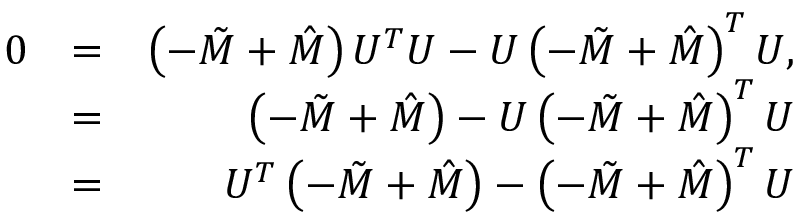
\begin{array} { r l r } { 0 } & { = } & { \left( - \tilde { M } + \hat { M } \right) U ^ { T } U - U \left( - \tilde { M } + \hat { M } \right) ^ { T } U , } \\ & { = } & { \left( - \tilde { M } + \hat { M } \right) - U \left( - \tilde { M } + \hat { M } \right) ^ { T } U } \\ & { = } & { U ^ { T } \left( - \tilde { M } + \hat { M } \right) - \left( - \tilde { M } + \hat { M } \right) ^ { T } U } \end{array}